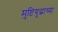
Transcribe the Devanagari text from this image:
मुष्टियुद्धाच्या